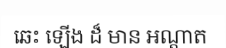
ឆេះ ឡើង ដ៏ មាន អណ្តាត